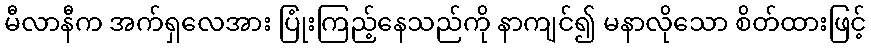
မီလာနီက အက်ရှလေအား ပြုံးကြည့်နေသည်ကို နာကျင်၍ မနာလိုသော စိတ်ထားဖြင့်